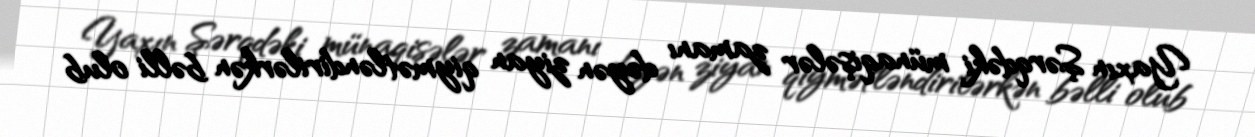
Yaxın Şərqdəki münaqişələr zamanı dəyən ziyan qiymətləndirilərkən bəlli olub